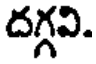
దగ్గవి.